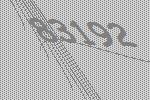
83192